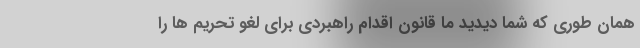
همان طوری که شما دیدید ما قانون اقدام راهبردی برای لغو تحریم ها را